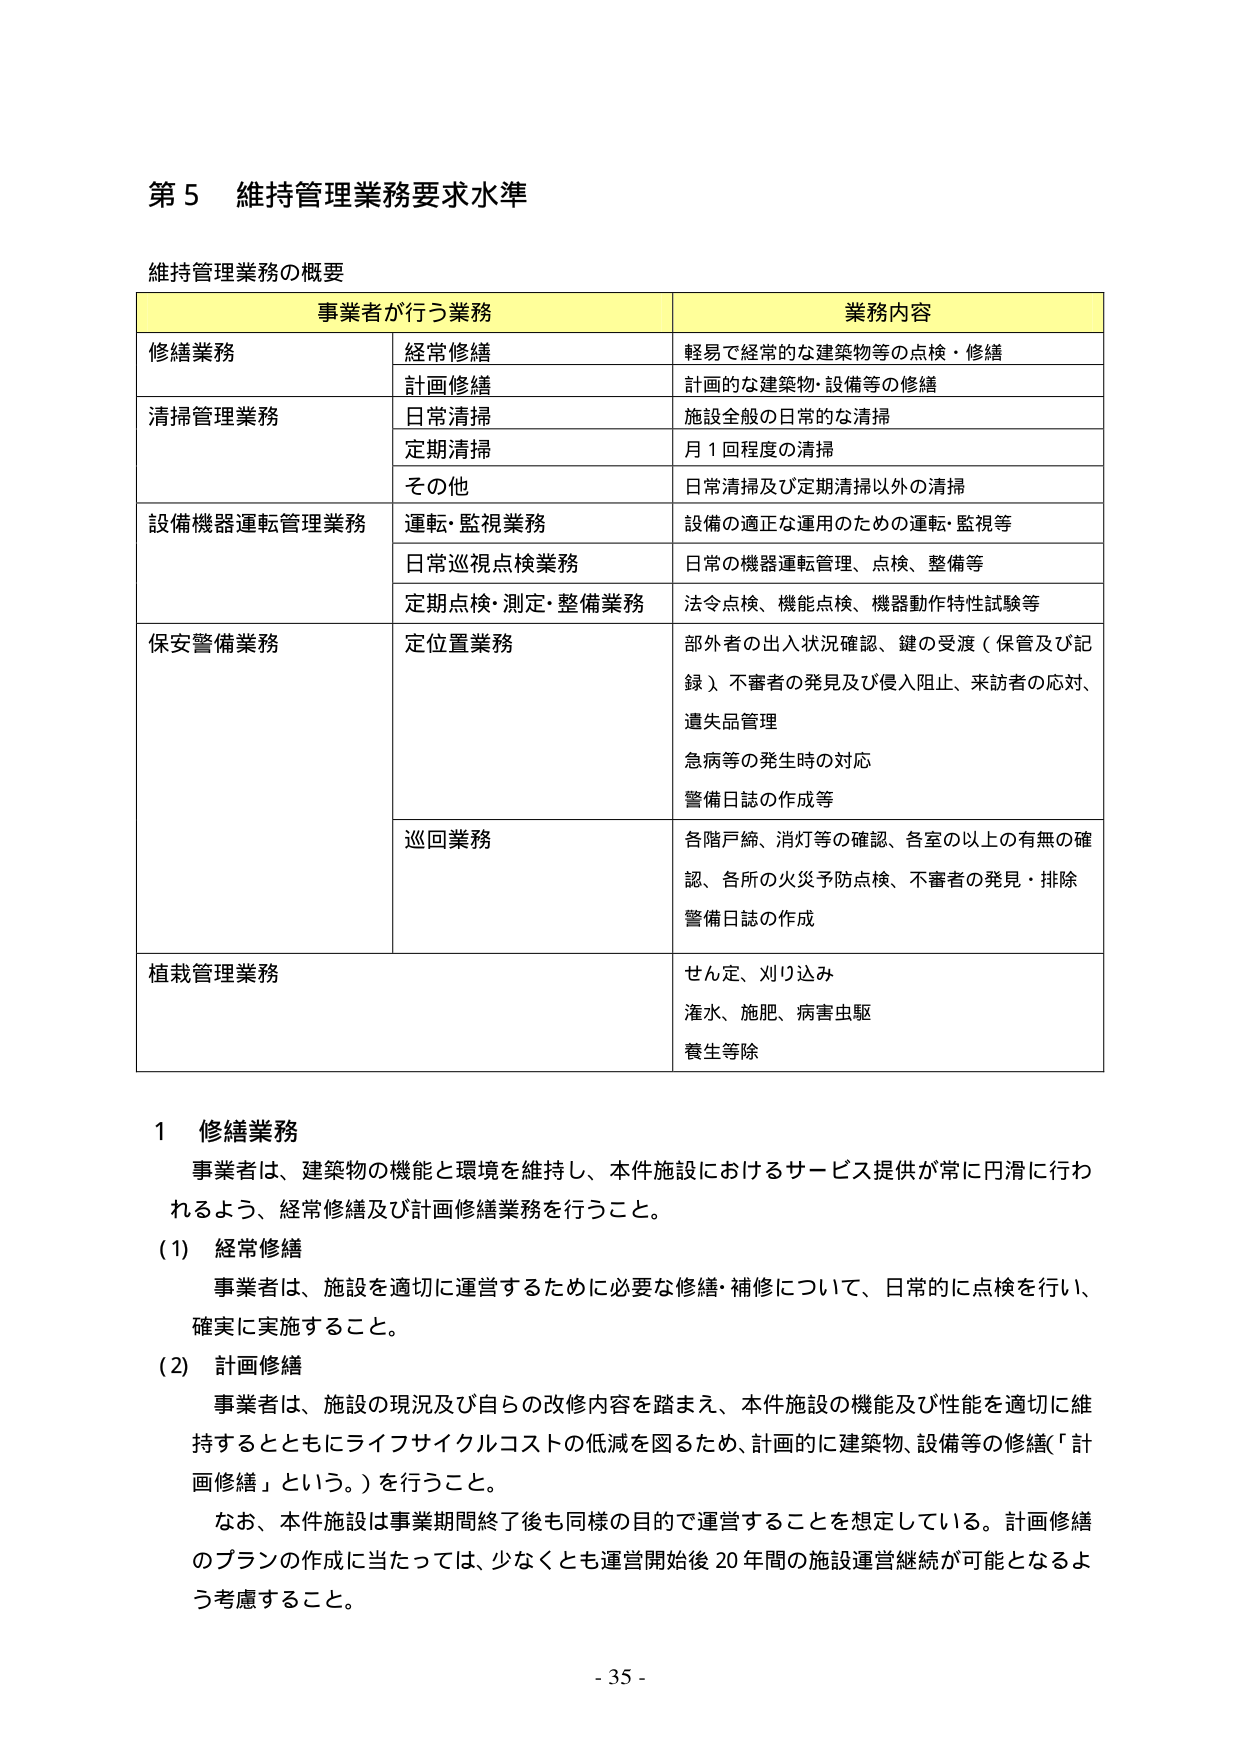
第５ 維持管理業務要求水準

維持管理業務の概要

事業者が行う業務 業務内容
修繕業務 経常修繕 軽易で経常的な建築物等の点検・修繕
　　　　　　　計画修繕 計画的な建築物・設備等の修繕
清掃管理業務 日常清掃 施設全般の日常的な清掃
　　　　　　　定期清掃 月１回程度の清掃
　　　　　　　その他 日常清掃及び定期清掃以外の清掃
設備機器運転管理業務 運転・監視業務 設備の適正な運用のための運転・監視等
　　　　　　　　　　　日常巡視点検業務 日常の機器運転管理、点検、整備等
　　　　　　　　　　　定期点検・測定・整備業務 法令点検、機能点検、機器動作特性試験等
保安警備業務 定位置業務 部外者の出入状況確認、鍵の受渡（保管及び記録）、不審者の発見及び侵入阻止、来訪者の応対、遺失品管理
　　　　　　　　　　　　　　　　　　　　　　急病等の発生時の対応
　　　　　　　　　　　　　　　　　　　　　　警備日誌の作成等
　　　　　　　巡回業務 各階戸締、消灯等の確認、各室の以上の有無の確認、各所の火災予防点検、不審者の発見・排除
　　　　　　　　　　　　　　　　　　　　　　警備日誌の作成
植栽管理業務 せん定、刈り込み
　　　　　　　　　灌水、施肥、病害虫駆
　　　　　　　　　養生等除

１ 修繕業務
事業者は、建築物の機能と環境を維持し、本件施設におけるサービス提供が常に円滑に行われるよう、経常修繕及び計画修繕業務を行うこと。
（1） 経常修繕
事業者は、施設を適切に運営するために必要な修繕・補修について、日常的に点検を行い、確実に実施すること。
（2） 計画修繕
事業者は、施設の現況及び自らの改修内容を踏まえ、本件施設の機能及び性能を適切に維持するとともにライフサイクルコストの低減を図るため、計画的に建築物、設備等の修繕（「計画修繕」という。）を行うこと。
なお、本件施設は事業期間終了後も同様の目的で運営することを想定している。計画修繕のプランの作成に当たっては、少なくとも運営開始後20年間の施設運営継続が可能となるよう考慮すること。

- 35 -